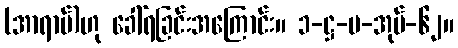
(အာရာမ်)ဟု ခေါ်ရခြင်းအကြောင်း။ ၁-ဋ္ဌ-ပ-အုပ်-၆၂။